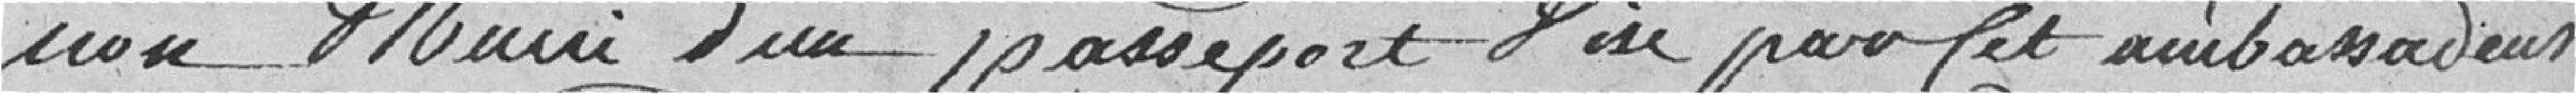
non muni d'un passeport visé par et ambassadeur